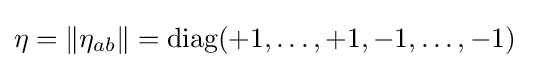
\eta =\|\eta _{ab}\|={\text{diag}}(+1,\dots ,+1,-1,\dots ,-1)~